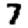
Digit: 7